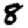
Digit: 8